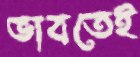
ভাবতেই